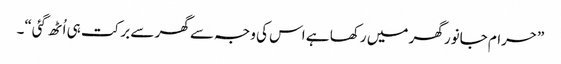
”حرام جانور گھر میں رکھا ہے اس کی وجہ سے گھر سے برکت ہی اُٹھ گئی“۔